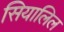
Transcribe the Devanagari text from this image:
सियालिल